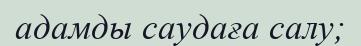
адамды саудаға салу;